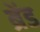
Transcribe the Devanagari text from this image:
ब्रेंड